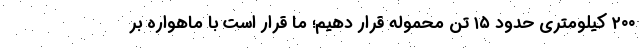
۲۰۰ کیلومتری حدود ۱۵ تن محموله قرار دهیم؛ ما قرار است با ماهواره بر